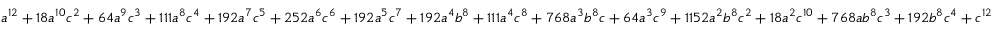
a ^ { 1 2 } + 1 8 a ^ { 1 0 } c ^ { 2 } + 6 4 a ^ { 9 } c ^ { 3 } + 1 1 1 a ^ { 8 } c ^ { 4 } + 1 9 2 a ^ { 7 } c ^ { 5 } + 2 5 2 a ^ { 6 } c ^ { 6 } + 1 9 2 a ^ { 5 } c ^ { 7 } + 1 9 2 a ^ { 4 } b ^ { 8 } + 1 1 1 a ^ { 4 } c ^ { 8 } + 7 6 8 a ^ { 3 } b ^ { 8 } c + 6 4 a ^ { 3 } c ^ { 9 } + 1 1 5 2 a ^ { 2 } b ^ { 8 } c ^ { 2 } + 1 8 a ^ { 2 } c ^ { 1 0 } + 7 6 8 a b ^ { 8 } c ^ { 3 } + 1 9 2 b ^ { 8 } c ^ { 4 } + c ^ { 1 2 }